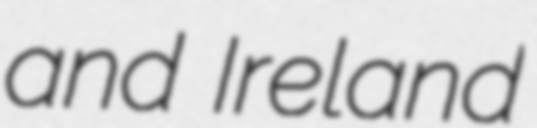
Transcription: and Ireland